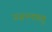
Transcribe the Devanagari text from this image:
प्रजननऋतु